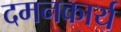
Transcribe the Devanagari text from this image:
दमनकार्य